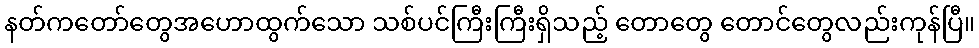
နတ်ကတော်တွေအဟောထွက်သော သစ်ပင်ကြီးကြီးရှိသည့် တောတွေ တောင်တွေလည်းကုန်ပြီ။